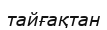
тайғақтан